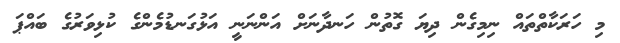
މި ހަރަކާތްތައް ނިމިގެން ދިޔަ ގޮތުން ހަނދާނަށް އަންނަނީ އަޅުގަނޑުމެންގެ ކުޅިވަރުގެ ބައްޕަ